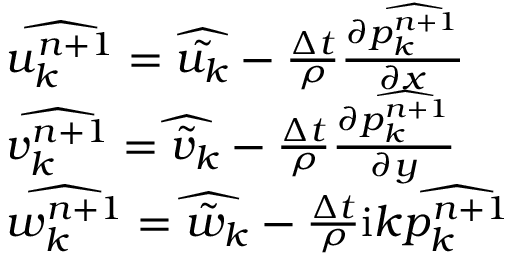
\begin{array} { r l } & { \widehat { u _ { k } ^ { n + 1 } } = \widehat { \tilde { u _ { k } } } - \frac { \Delta t } { \rho } \frac { \partial \widehat { p _ { k } ^ { n + 1 } } } { \partial x } } \\ & { \widehat { v _ { k } ^ { n + 1 } } = \widehat { \tilde { v } _ { k } } - \frac { \Delta t } { \rho } \frac { \partial \widehat { p _ { k } ^ { n + 1 } } } { \partial y } } \\ & { \widehat { w _ { k } ^ { n + 1 } } = \widehat { \tilde { w } _ { k } } - \frac { \Delta t } { \rho } \mathrm { i } k \widehat { p _ { k } ^ { n + 1 } } } \end{array}